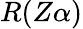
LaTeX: R(Z\alpha)